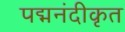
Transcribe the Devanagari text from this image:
पद्मनंदीकृत